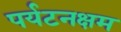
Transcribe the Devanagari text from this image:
पर्यटनक्षम